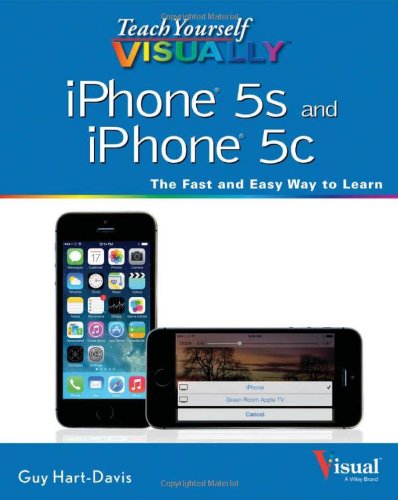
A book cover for Teach Yourself VISUALLY iPhone 5s and iPhone 5c; Guy Hart-Davis; Computers & Technology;